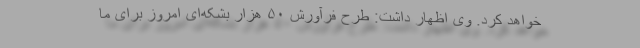
خواهد کرد. وی اظهار داشت: طرح فرآورش ۵۰ هزار بشکه‌ای امروز برای ما